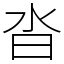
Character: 沓